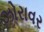
ઝોરાવર